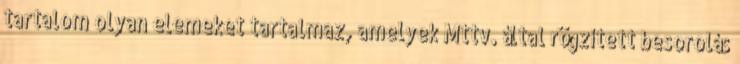
tartalom olyan elemeket tartalmaz, amelyek Mttv. által rögzített besorolás